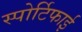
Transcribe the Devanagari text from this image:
स्पोर्टिफाई